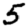
Digit: 5